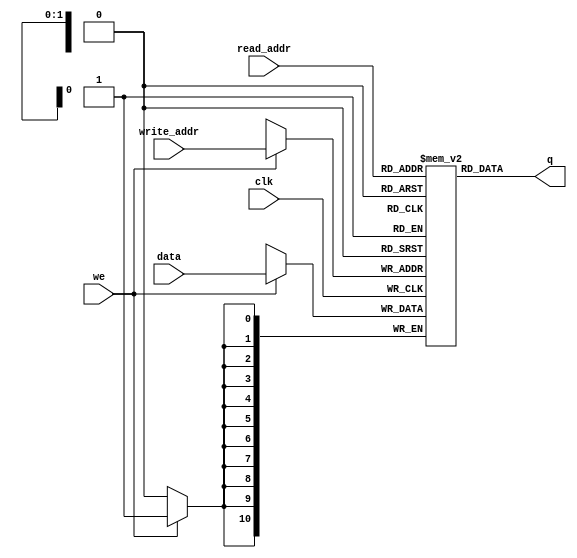
`timescale 1ns / 1ps
//////////////////////////////////////////////////////////////////////////////////
// Company:
// 
// Create Date:
// Design Name: 
// Module Name: dual_port_asyncout_ram
// Project Name: EtherBlade.net_v1 
// Target Devices: 
// Tool Versions: 
// Description: 
// 
// Dependencies: 
// 
// Version: 0.01
// Additional Comments:
// Distributed Simple Dual port RAM, async read
//////////////////////////////////////////////////////////////////////////////////
module dual_port_asyncout_ram #(parameter D_WIDTH = 11, parameter A_WIDTH = 2)
(
    input clk,
    input we,
    input [(D_WIDTH-1):0] data,
    input [(A_WIDTH-1):0] read_addr, write_addr,
    output [(D_WIDTH-1):0] q
);

 reg [D_WIDTH-1:0] ram[2**A_WIDTH-1:0];

 always @ (posedge clk)
    begin
       if (we)
        ram[write_addr] <= data;
    end
assign q = ram[read_addr];
endmodule